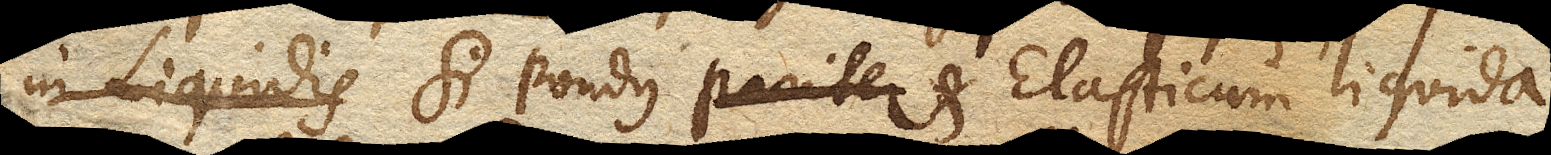
in liquidis si pondus pariter et Elasticum liquida